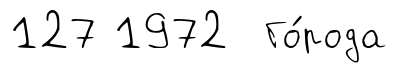
127 1972 Го́рода